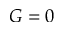
G = 0